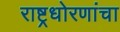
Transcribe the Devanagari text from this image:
राष्ट्रधोरणांचा